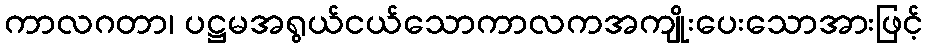
ကာလဂတာ၊ ပဋ္ဌမအရွယ်ငယ်သောကာလကအကျိုးပေးသောအားဖြင့်